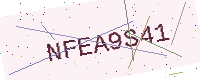
Text: NFEA9S41